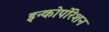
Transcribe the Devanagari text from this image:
इन्कोर्पाेरेशन